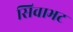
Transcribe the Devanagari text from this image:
सिवाभट